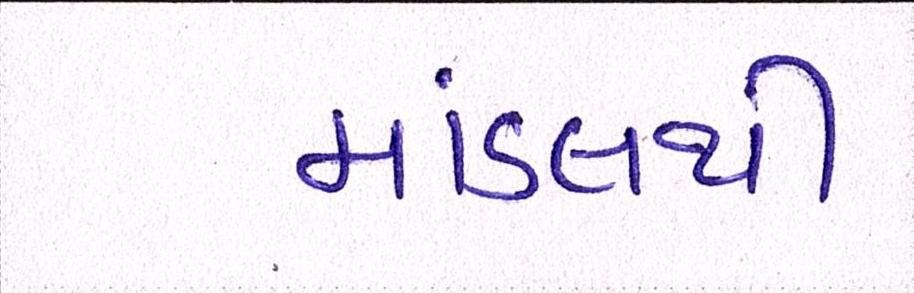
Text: માંડલથી